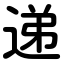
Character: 递